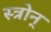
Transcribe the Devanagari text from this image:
स्त्रोन्